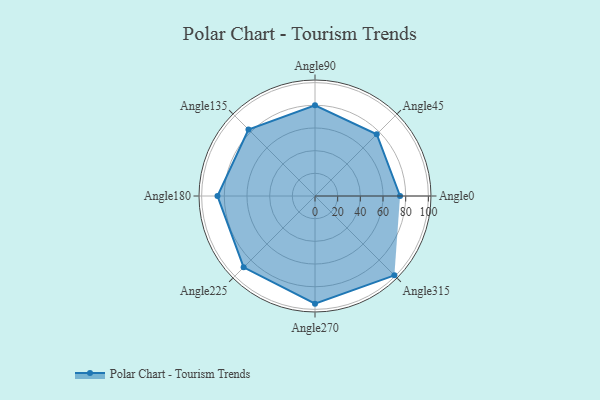
{"axis": {"x": "Angle", "y": "Radius"}, "legend": [""], "data": [{"x": "Angle0", "y": 75.0, "type": ""}, {"x": "Angle45", "y": 77.0, "type": ""}, {"x": "Angle90", "y": 80.0, "type": ""}, {"x": "Angle135", "y": 83.0, "type": ""}, {"x": "Angle180", "y": 86.0, "type": ""}, {"x": "Angle225", "y": 89.0, "type": ""}, {"x": "Angle270", "y": 95.0, "type": ""}, {"x": "Angle315", "y": 99.0, "type": ""}]}